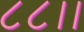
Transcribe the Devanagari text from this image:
८८।।